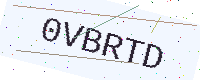
Text: 0VBRTD